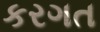
કરગત